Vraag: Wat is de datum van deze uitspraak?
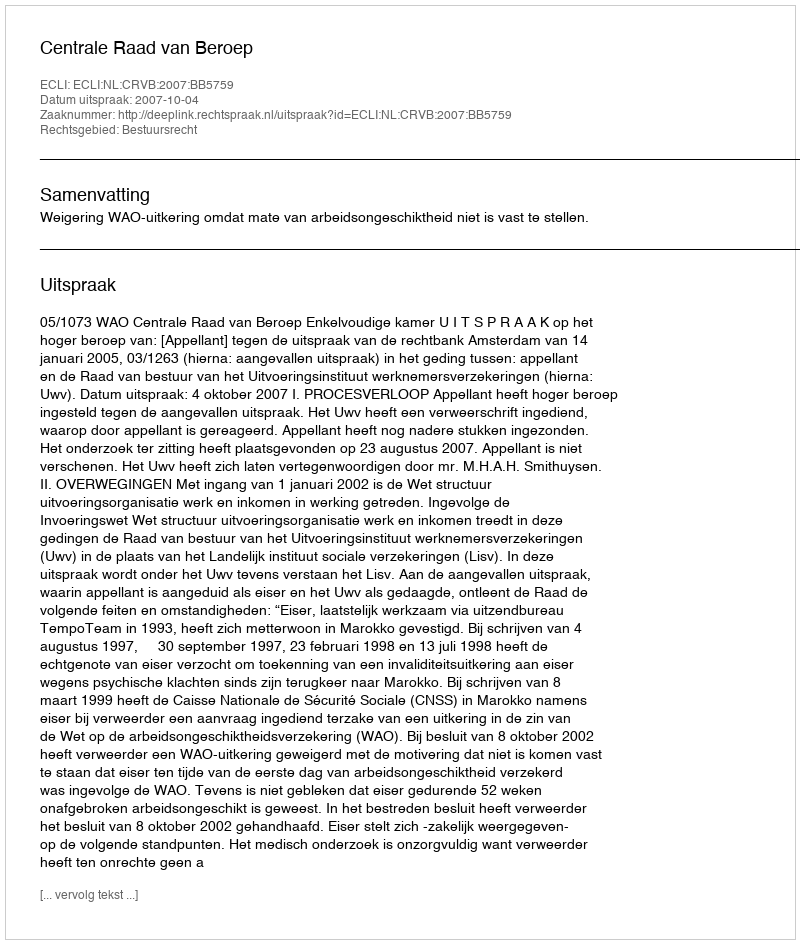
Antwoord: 2007-10-04